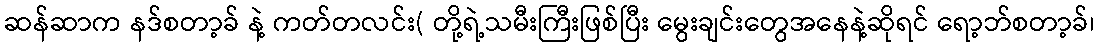
ဆန်ဆာက နဒ်စတာ့ခ် နဲ့ ကတ်တလင်း( တို့ရဲ့သမီးကြီးဖြစ်ပြီး မွေးချင်းတွေအနေနဲ့ဆိုရင် ရော့ဘ်စတာ့ခ်၊